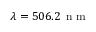
\lambda = 5 0 6 . 2 \, \textrm { n m }